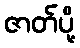
ဇာတ်ပို့